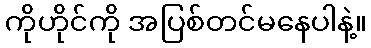
ကိုဟိုင်ကို အပြစ်တင်မနေပါနဲ့။